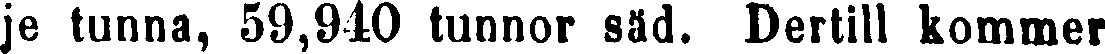
je tunna, 59,940 tunnor säd. Dertill kommer